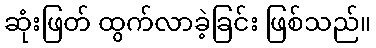
ဆုံးဖြတ် ထွက်လာခဲ့ခြင်း ဖြစ်သည်။